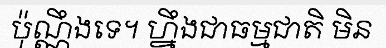
ប៉ុណ្ណឹងទេ។ ហ្នឹងជាធម្មជាតិ មិន